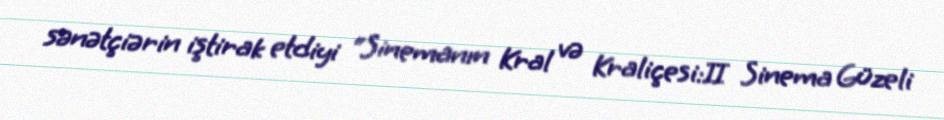
sənətçiərin iştirak etdiyi “Sinemanın Kral və Kraliçesi:II Sinema Güzeli